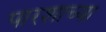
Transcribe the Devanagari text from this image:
पारशाच्या